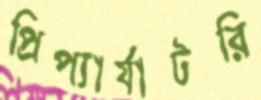
প্রিপ্যার্যাটরি